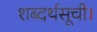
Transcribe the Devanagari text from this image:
शब्दर्थसूची।